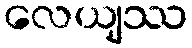
လေယျဿ